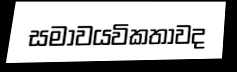
සමාවයවිකතාවද